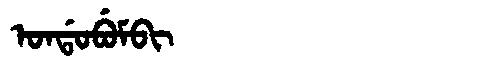
Manchu: ᠣᠨᡩᠣᠪᡠᠮᠪᡳ
Romanization: ONDOBUMBI